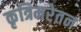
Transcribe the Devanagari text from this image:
कृत्रिमरेतन